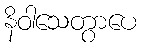
နိဝါသေတွာပေ